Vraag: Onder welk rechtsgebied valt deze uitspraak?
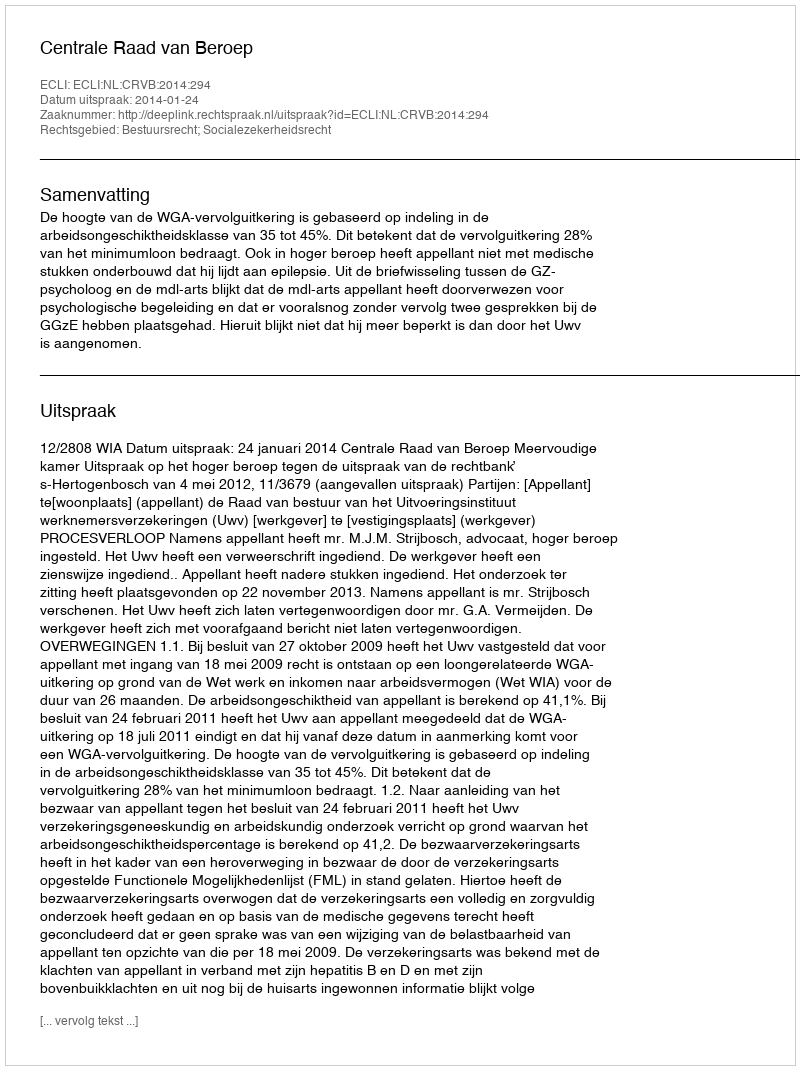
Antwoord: Bestuursrecht; Socialezekerheidsrecht